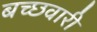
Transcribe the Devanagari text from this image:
बच्छवारी